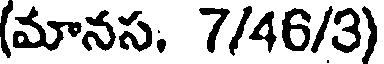
(మానస. 7/46/3)